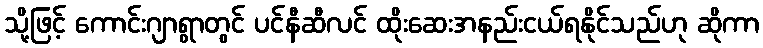
သို့ဖြင့် ကောင်းဂျာရွာတွင် ပင်နီဆီလင် ထိုးဆေးအနည်းငယ်ရနိုင်သည်ဟု ဆိုကာ